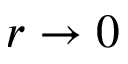
r \to 0